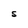
Character: S